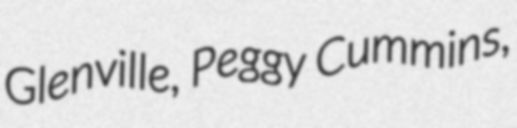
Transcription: Glenville, Peggy Cummins,